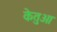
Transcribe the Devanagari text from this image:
केतुआ